Triennial report on the lunatic asylums in the province of Eastern Bengal and Assam - 1903-1911
Year: 1903
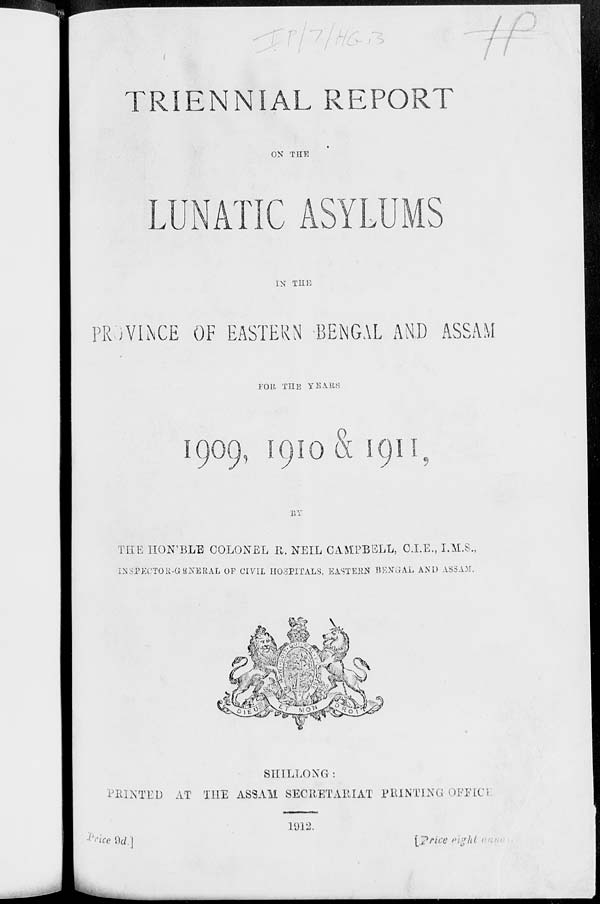
TRIENNIAL REPORT
ON THE
LUNATIC ASYLUMS
IN THE
PROVINCE OF EASTERN BENGAL AND ASSAM
FOR THE YEARS
1909, 1910 & 1911,
BY
THE HON'BLE COLONEL R. NEIL CAMPBELL, C.I.E., I.M.S.,
INSPECTOR-GENERAL OF CIVIL HOSPITALS, EASTERN BENGAL AND ASSAM.
SHILLONG:
PRINTED AT THE ASSAM SECRETARIAT PRINTING OFFICE.
1912.
Price 9d.]
[Price eight annas